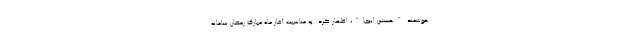
هوشمند "هستین اینجا"، اظهار کرد: به مناسبت آغاز ماه مبارک رمضان سامانه